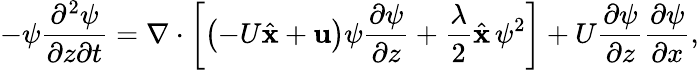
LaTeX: -\psi\frac{\partial^{2}\psi}{\partial z\partial t}=\nabla\cdot\left[\left(-U\hat{\textbf{x}}+\textbf{u}\right)\psi\frac{\partial\psi}{\partial z}+\frac{\lambda}{2}\hat{\textbf{x}}\, \psi^{2}\right]+U\frac{\partial\psi}{\partial z}\frac{\partial\psi}{\partial x},